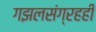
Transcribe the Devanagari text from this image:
गझलसंग्रहही